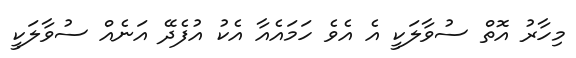
މިހާރު އޮތް ސުވާލަކީ އެ އެވެ ހަމައެއާ އެކު އުފެދޭ އަނެއް ސުވާލަކީ